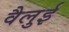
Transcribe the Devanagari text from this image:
वैलुई